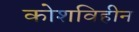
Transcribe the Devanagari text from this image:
कोशविहीन